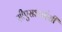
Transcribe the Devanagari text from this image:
सीएसआईसी